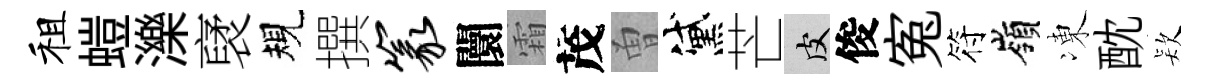
租螘濼裦規撰篆闤霜茂曽黛芒皮俊寃符嶺凍酖𣣇